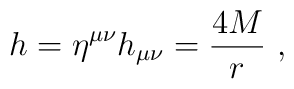
h=\eta ^{\mu \nu }h_{\mu \nu }=\frac{4M}{r}\ ,